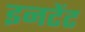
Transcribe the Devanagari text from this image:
इनटेंट